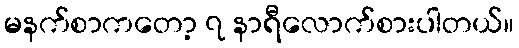
မနက်စာကတော့ ၇ နာရီလောက်စားပါတယ်။